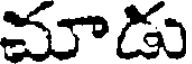
మాడు